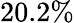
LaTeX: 20.2\%